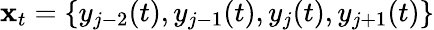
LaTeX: \mathbf x_{t}=\{ y_{j-2}(t),y_{j-1}(t),y_{j}(t),y_{j+1}(t)\}